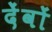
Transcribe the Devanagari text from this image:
देंवों